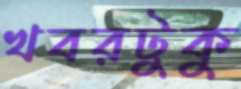
খবরটুকু